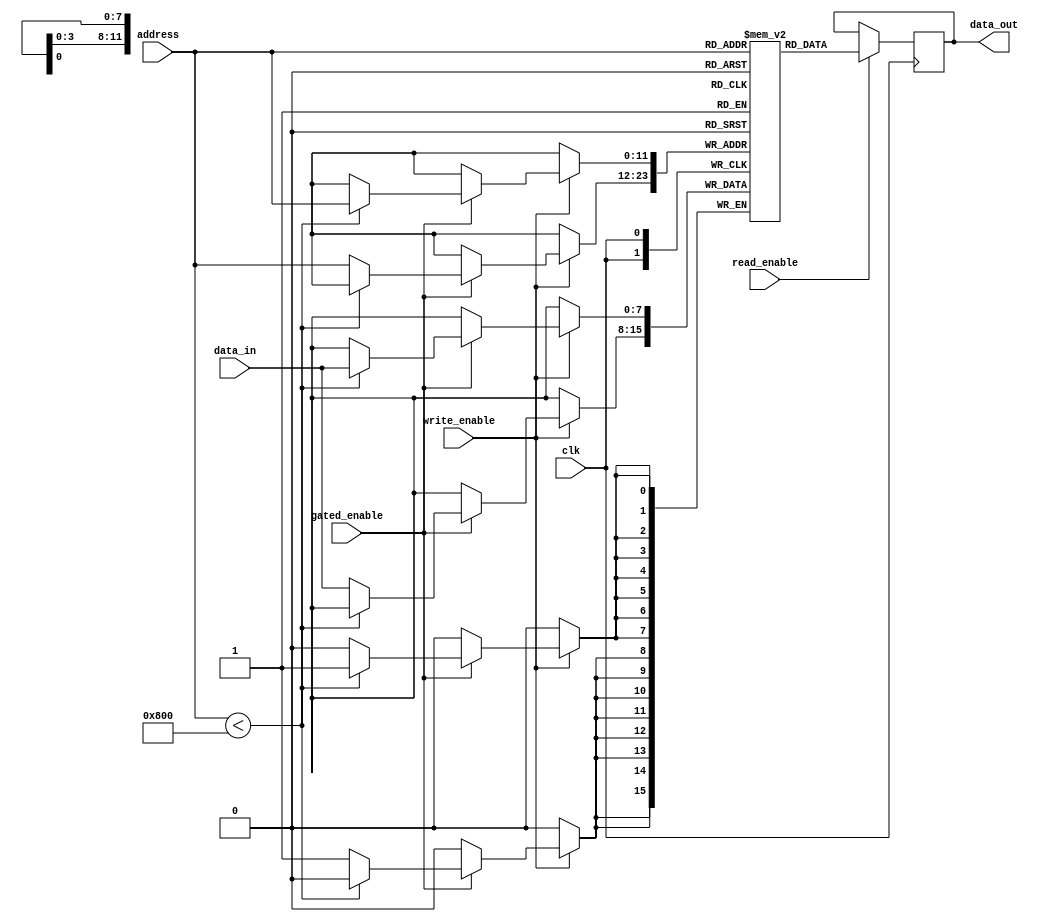
module dual_port_ram (
  input wire clk,
  input wire [7:0] data_in,
  input wire write_enable,
  input wire read_enable,
  input wire gated_enable,
  input wire [11:0] address,
  output reg [7:0] data_out
);
  
  reg [7:0] ram [0:4095];
  
  always @(posedge clk) begin
    if (write_enable) begin
      if (gated_enable) begin
        if (address < 2048) begin
          ram[address] <= data_in;
        end
      else begin
          ram[address] <= data_in;
        end
      end
    end
    
    if (read_enable) begin
      data_out <= ram[address];
    end
  end
  
endmodule